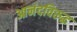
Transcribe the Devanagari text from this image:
आनंदविरुद्ध